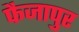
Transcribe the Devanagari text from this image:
फैजापुर